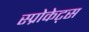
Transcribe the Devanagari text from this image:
स्प्रोकेट्स